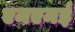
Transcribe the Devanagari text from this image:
एमएमई